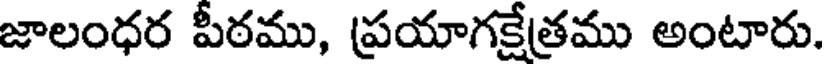
జాలంధర పీఠము, ప్రయాగక్షేత్రము అంటారు.